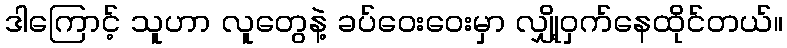
ဒါကြောင့် သူဟာ လူတွေနဲ့ ခပ်ဝေးဝေးမှာ လျှို့ဝှက်နေထိုင်တယ်။